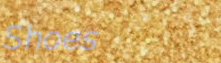
Shoes